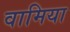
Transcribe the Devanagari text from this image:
वामिया